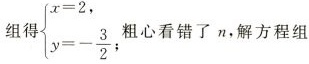
组得$$\left\ { \begin {array } {l}